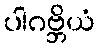
ပါဂဗ္ဘိယံ